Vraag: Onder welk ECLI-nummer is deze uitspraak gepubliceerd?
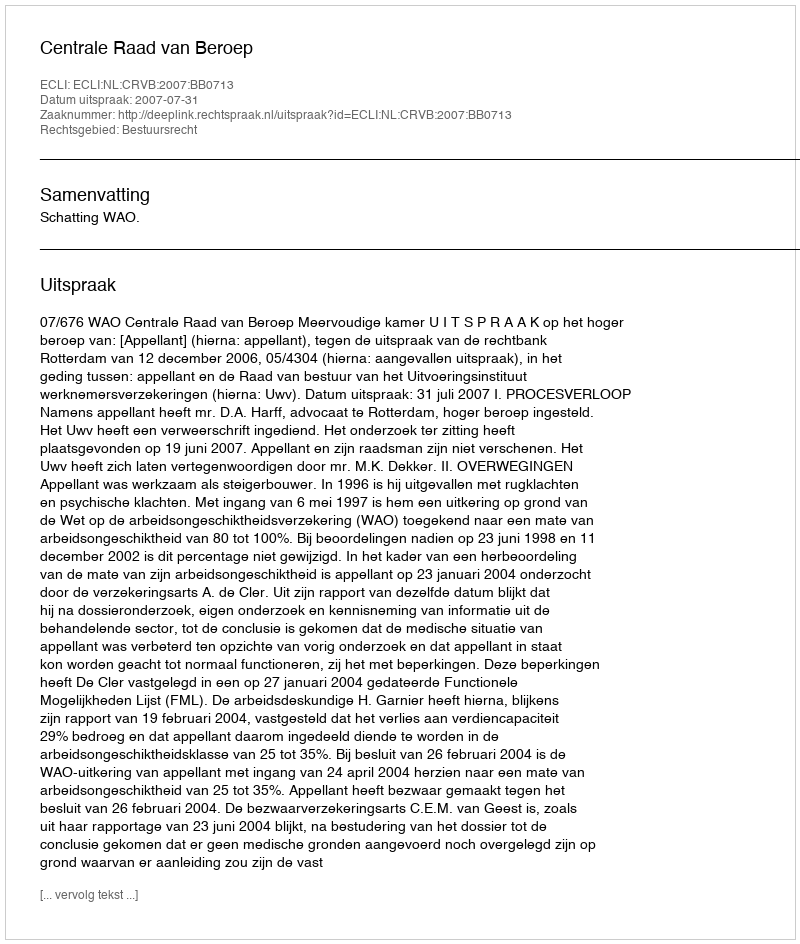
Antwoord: ECLI:NL:CRVB:2007:BB0713